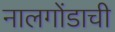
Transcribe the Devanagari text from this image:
नालगोंडाची